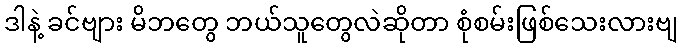
ဒါနဲ့ ခင်ဗျား မိဘတွေ ဘယ်သူတွေလဲဆိုတာ စုံစမ်းဖြစ်သေးလားဗျ